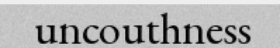
uncouthness